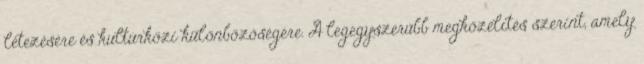
létezésére és kultúrközi különbözőségére. A legegyszerűbb megközelítés szerint, amely